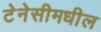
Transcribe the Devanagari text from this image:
टेनेसीमधील